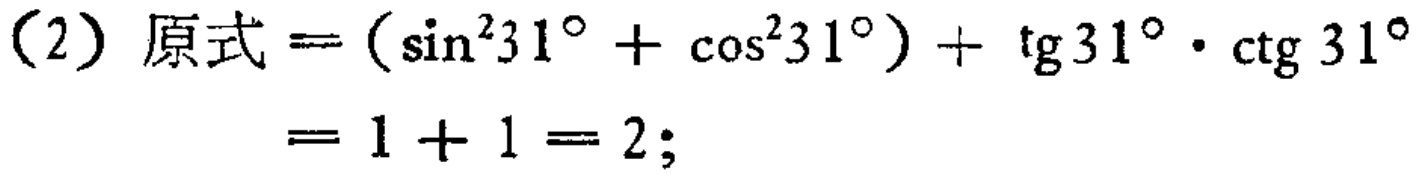
(2) 原式$=(\sin^{2}31^{\circ}+\cos^{2}31^{\circ})+\operatorname{tg}31^{\circ}\cdot\operatorname{ctg}31^{\circ}$

$=1 + 1 = 2;$